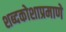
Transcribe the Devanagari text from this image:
शब्दकोशाप्रमाणे